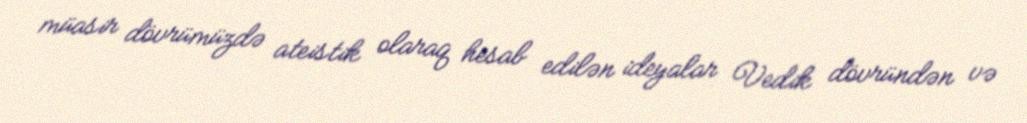
müasir dövrümüzdə ateistik olaraq hesab edilən ideyalar Vedik dövründən və